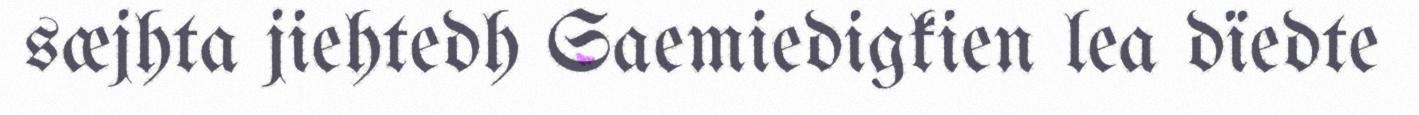
sæjhta jiehtedh Saemiedigkien lea dïedte